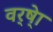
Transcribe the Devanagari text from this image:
वर्ष्‍ेा